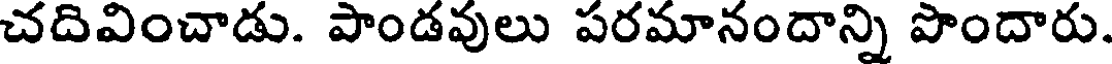
చదివించాడు. పాండవులు పరమానందాన్ని పొందారు.